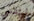
ليندسي